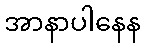
အာနာပါနေန